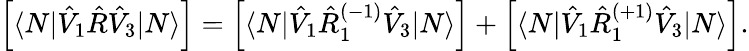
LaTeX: \begin{array}{r}{\left[\langle N|\hat{V}_{1}\hat{R}\hat{V}_{3}|N\rangle\right]=\left[\langle N|\hat{V}_{1}\hat{R}_{1}^{(-1)}\hat{V}_{3}|N\rangle\right]+\left[\langle N|\hat{V}_{1}\hat{R}_{1}^{(+1)}\hat{V}_{3}|N\rangle\right].}\end{array}